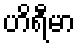
ဟိရီမာ